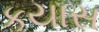
કયાસ